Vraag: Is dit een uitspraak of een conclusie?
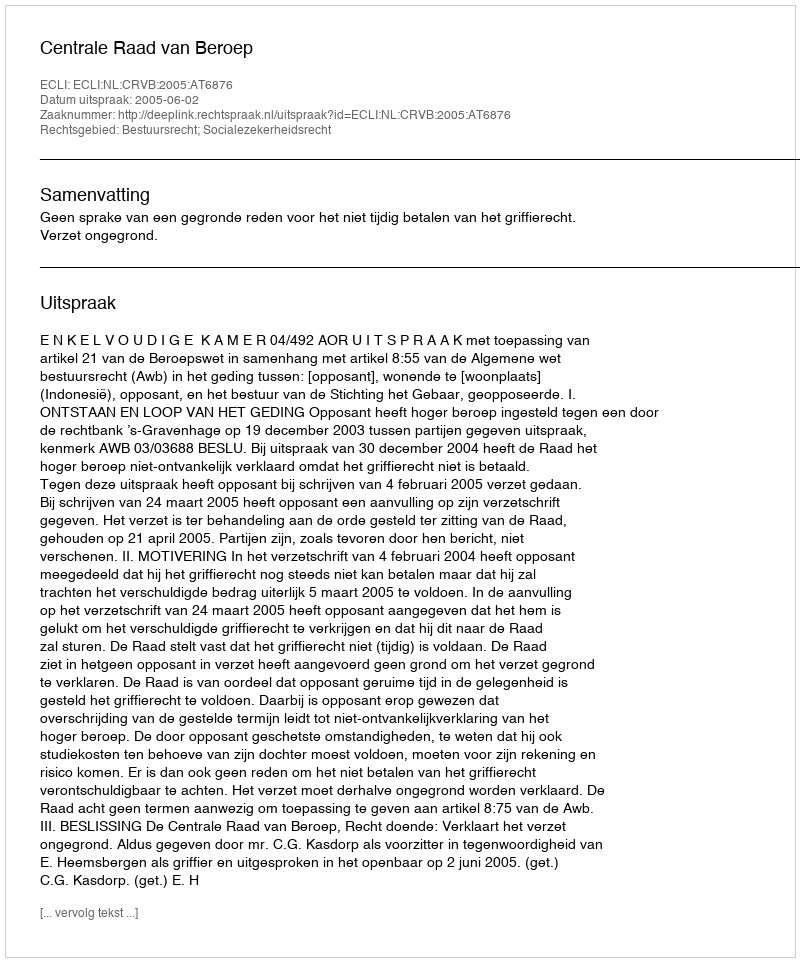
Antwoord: Uitspraak